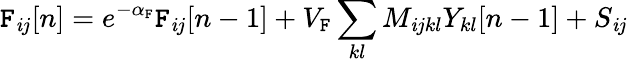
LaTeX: \mathtt{F}_{\mathit{i}j}[n]=e^{-\alpha_{\mathtt{F}}}\mathtt{F}_{\mathit{i}j}[n-1]+V_{\mathtt{F}}\sum_{kl}M_{\mathit{i}jkl}Y_{kl}[n-1]+S_{\mathit{i}j}